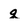
Character: g